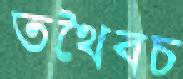
তথৈবচ